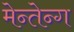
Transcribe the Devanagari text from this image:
मेन्तेन्ग